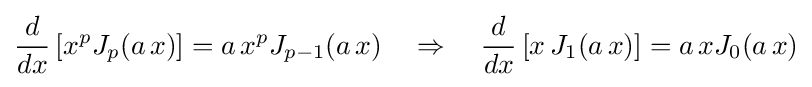
{\frac {d}{dx}}\left[x^{p}J_{p}(a\,x)\right]=a\,x^{p}J_{p-1}(a\,x)\quad \Rightarrow \quad {\frac {d}{dx}}\left[x\,J_{1}(a\,x)\right]=a\,xJ_{0}(a\,x)